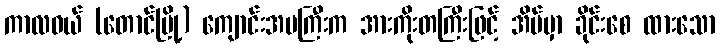
ကာလဝယ် (တောင်မြို့) ကျောင်းအမကြီးက အားကိုးတကြီးဖြင့် အိမ်မှာ ခိုင်းစေ ထားသော